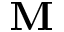
\mathbf { M }